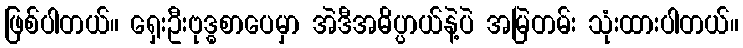
ဖြစ်ပါတယ်။ ရှေးဦးဗုဒ္ဓစာပေမှာ အဲဒီအဓိပ္ပာယ်နဲ့ပဲ အမြဲတမ်း သုံးထားပါတယ်။